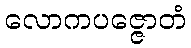
လောကပဇ္ဇောတံ